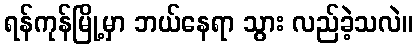
ရန်ကုန်မြို့မှာ ဘယ်နေရာ သွား လည်ခဲ့သလဲ။